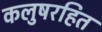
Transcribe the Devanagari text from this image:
कलुषरहित